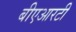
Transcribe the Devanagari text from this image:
बीएआरटी